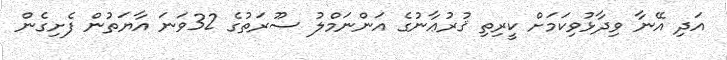
އަދި އޭނާ ވިދާޅުވިކަމަށް ކީރިތި ޤުރުޢާނުގެ އަންނަމްލު ސޫރަތުގެ 32ވަނަ އާޔަތުން ފެށިގެން